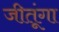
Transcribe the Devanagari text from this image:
जीतूंगा